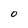
Character: 0